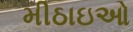
મીઠાઇઓ